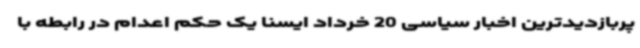
پربازدیدترین اخبار سیاسی 20 خرداد ایسنا یک حکم اعدام در رابطه با